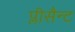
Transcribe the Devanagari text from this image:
प्लीसैन्ट